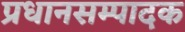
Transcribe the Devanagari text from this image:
प्रधानसम्पादक